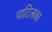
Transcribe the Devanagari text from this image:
पाटिलका